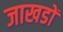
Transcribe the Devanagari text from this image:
जाखडों